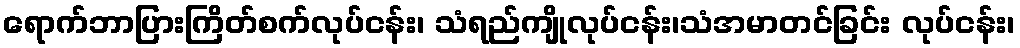
ရောက်ဘာပြားကြိတ်စက်လုပ်ငန်း၊ သံရည်ကျိုလုပ်ငန်း၊သံအမာတင်ခြင်း လုပ်ငန်း၊